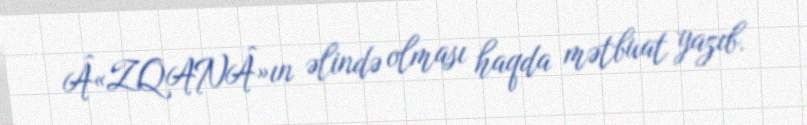
Â«ZQANÂ»ın əlində olması haqda mətbuat yazıb.